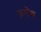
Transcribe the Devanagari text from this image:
ज़रोथ